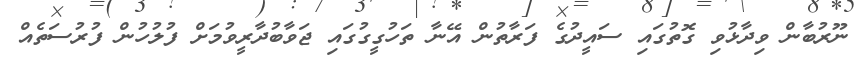
ނޫރުބާން ވިދާޅުވި ގޮތުގައި ސައީދުގެ ފަރާތުން އޭނާ ތަހުގީގުގައި ޖަވާބުދާރީވުމަށް ފުލުހުން ފުރުސަތެއް